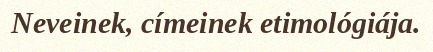
Neveinek, címeinek etimológiája.